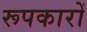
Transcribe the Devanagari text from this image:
रूपकारों